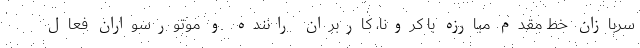
سربازان خط مقدم مبارزه با کرونا، کاربران راننده و موتورسواران فعال